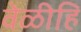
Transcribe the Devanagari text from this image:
वेळीहि